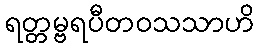
ရတ္တမ္ဗရပီတဝသသာဟိ